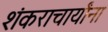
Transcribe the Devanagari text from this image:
शंकराचार्यांना